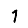
Digit: 1